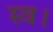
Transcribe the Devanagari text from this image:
स्‍व।